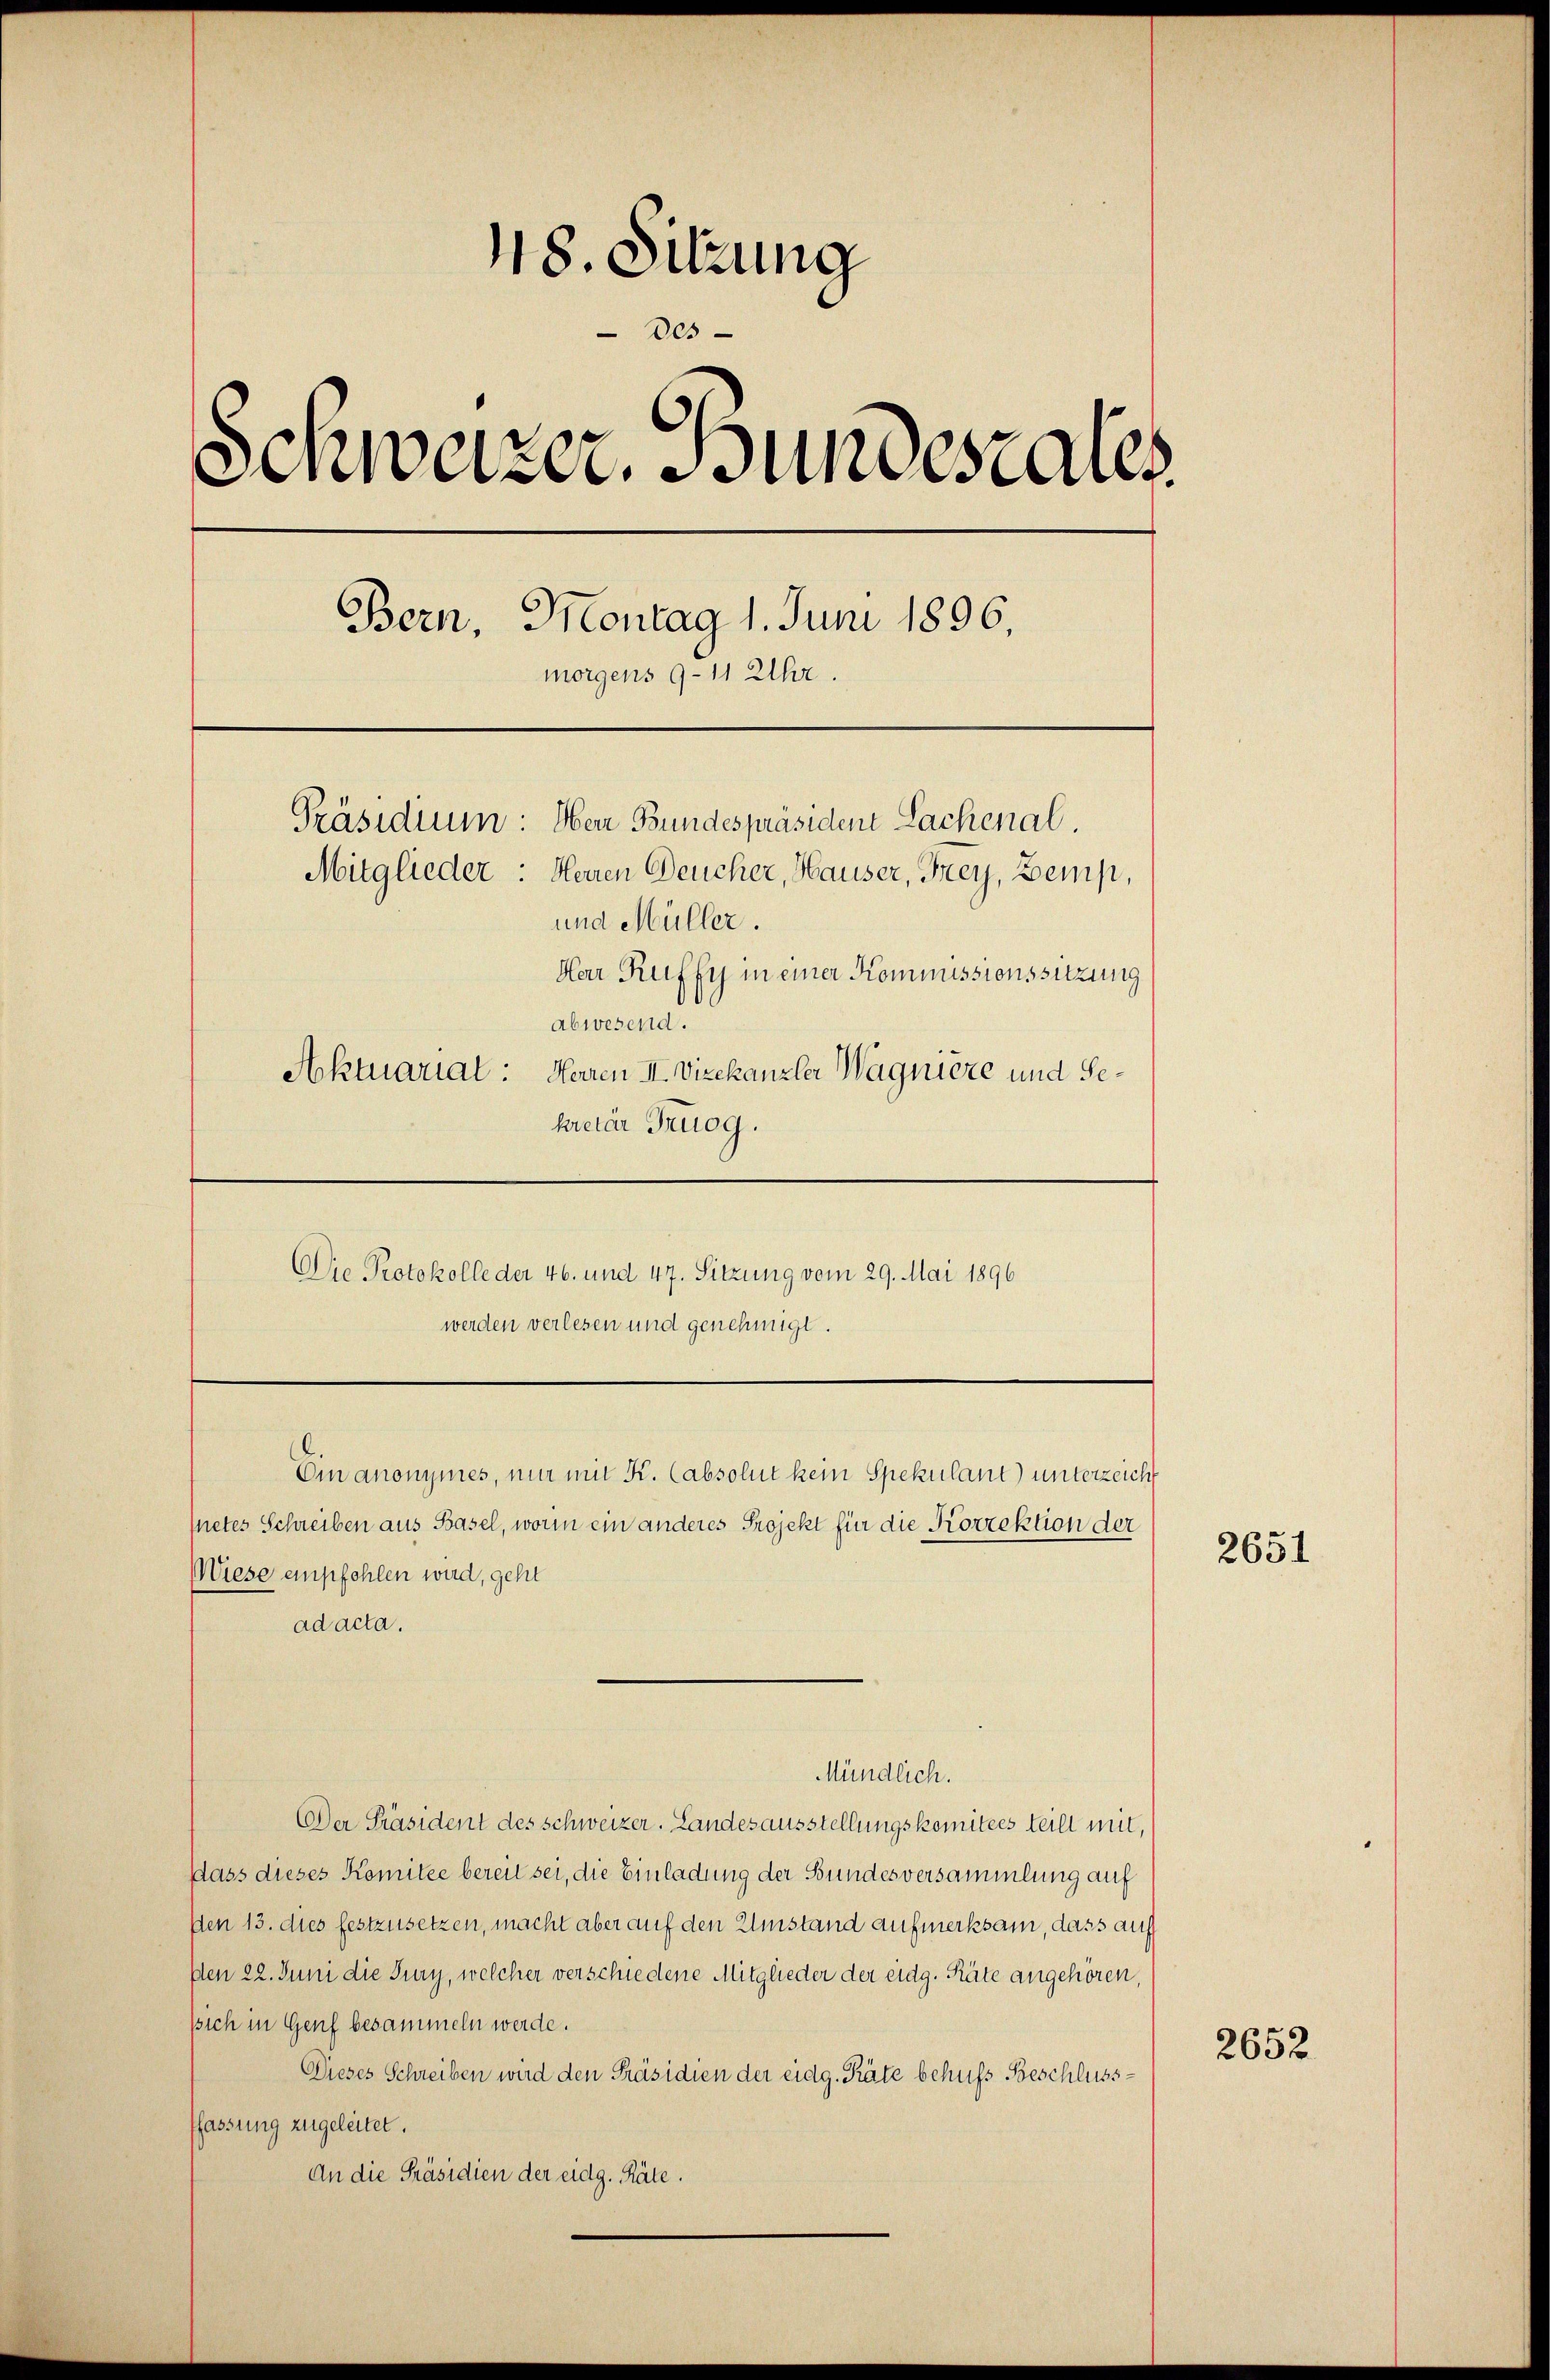
48. Sitzung
des
d
Anweizer. Bundesaus
6
Bern, Montag 1. Juni 1896.
morgens 9-11 Uhr.
Präsidium: Herr Bundespräsident Sachenal.
Mitglieder
Herren Deucher, Hauser, Frey, Bemp,
und Müller.
Har Ruffy in einer Kommissionssitzung
abwesend.
Aktuariat: Heren II. Vizekanzler Wagnière und Gekreter Truog.

Die Protokolle der 46. und 47. Sitzung vom 29. Mai 1896
werden verlesen und genehmigt.
Ein anonymes, nur mit K. Cabsolut kein Spekulant) unterzeicht

fnetes Schreiben aus Basel, worin ein anderes Projekt für die Korrektion der
Wiese empfehlen wird, gehet
ad acta.
Der Präsident des Schweizer. Landesausstellungskomitees teilt mit,
Dass dieses Komitee bereit sei, die Einladung der Bundesversammlung auf
Den 13. dies festzusetzen, macht aber auf den Umstand aufmerksam, dass auf
Den 22. Juni die Jury, welcher verschiedene Mitglieder der eidg. Räte angehören,
sich in Genf besammeln werde.
Dieses Schreiben wird den Präsidien der eidg. Räte behufs Beschluss
ffassung zugeleitet.
An die Präsidien der eidg. Räte.

Mündlich.

2651

2652